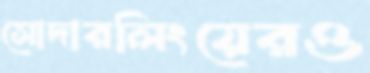
সোদারলিংয়েরও